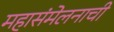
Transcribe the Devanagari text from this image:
महासंमेलनाची